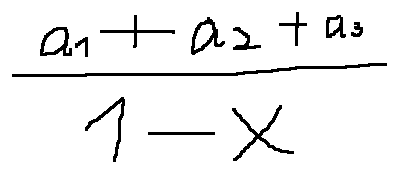
\frac { a _ { 1 } + a _ { 2 } + a _ { 3 } } { 1 - x }